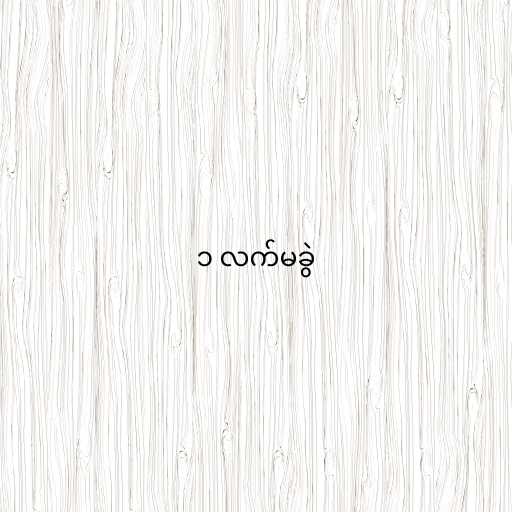
၁ လက်မခွဲ